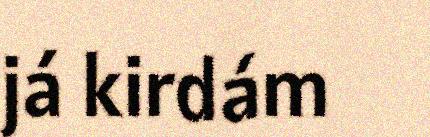
já kirdám